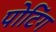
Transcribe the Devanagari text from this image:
पोटिंग